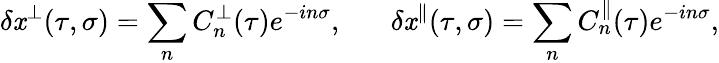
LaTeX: \delta\mathit{x}^{\perp}(\tau,\sigma)=\sum_{n}C_{n}^{\perp}(\tau)e^{-in\sigma},\; \; \; \; \; \; \delta\mathit{x}^{\parallel}(\tau,\sigma)=\sum_{n}C_{n}^{\parallel}(\tau)e^{-in\sigma},